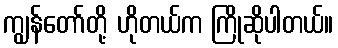
ကျွန်တော်တို့ ဟိုတယ်က ကြိုဆိုပါတယ်။